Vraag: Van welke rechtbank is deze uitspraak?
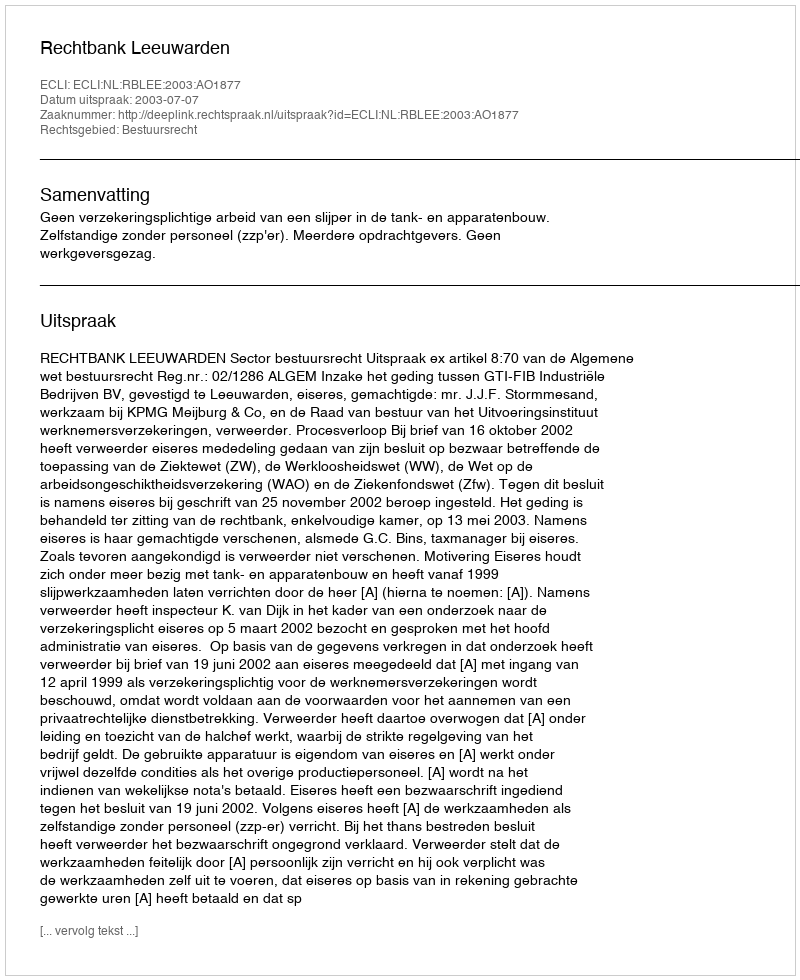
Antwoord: Rechtbank Leeuwarden